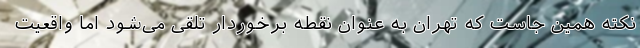
نکته همین جاست که تهران به‌ عنوان نقطه برخوردار تلقی می‌شود اما واقعیت